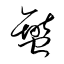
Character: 燮